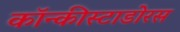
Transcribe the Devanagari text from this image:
कॉन्कीस्टाडोरस